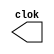
module clock ( clok );
	output clok;
	reg clok;
	initial begin
	   clok = 1'b0;
	end
	
	always begin
	   #12 clok = ~clok;
	end
endmodule
module dff ( output q, output qnot, input d, input clok );
	reg q, qnot;
	always @( posedge clok )
	begin
		q = d;
		qnot = ~q;
	end
endmodule
module leftRegister (output [4:0]s, input d, input clok);
wire nots;

	dff FF0 (s[0], nots, d, clok);
	dff FF1 (s[1], nots, s[0], clok);
	dff FF2 (s[2], nots, s[1], clok);
	dff FF3 (s[3], nots, s[2], clok);
	dff FF4 (s[4], nots, s[3], clok);

endmodule